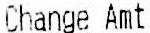
CHANGE AMT